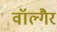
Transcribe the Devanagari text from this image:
वॉल्गैर